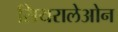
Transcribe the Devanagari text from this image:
सियरालेओन